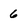
Character: 6